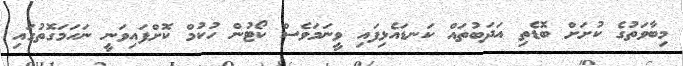
މިބާވަތުގެ ކުށަށް ބޮޑެތި އަދަބުތައް ކަނޑައެޅިފައި ވީނަމަވެސް ކޯޓުން ހުކުމް ކޮށްފައިވަނީ ނަހަމަގޮތުގައި